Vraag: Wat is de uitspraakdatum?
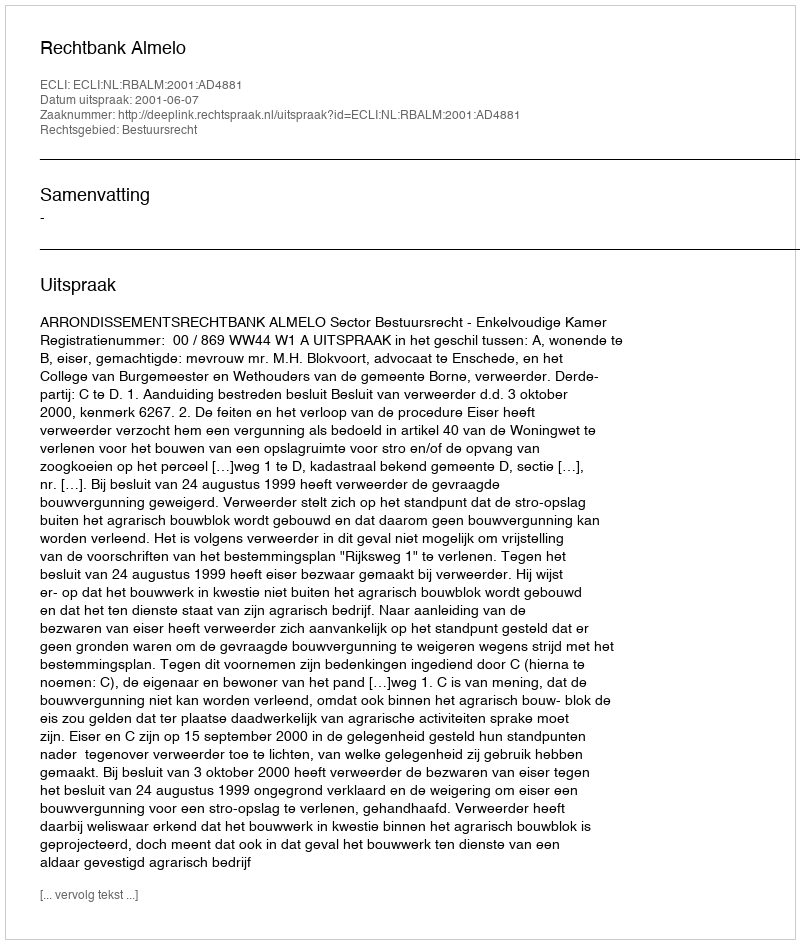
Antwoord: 2001-06-07